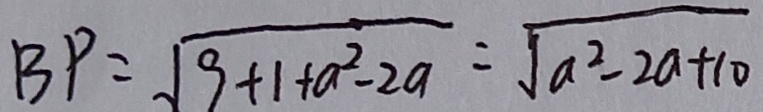
B P = \sqrt { 9 + 1 + a ^ { 2 } - 2 a } = \sqrt { a ^ { 2 } - 2 a + 1 0 }